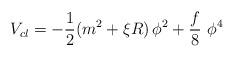
LaTeX: \begin{align*}V_{cl}=-\frac{1}{2}(m^{2}+\xi R)\,\phi ^{2}+\frac{f}{8}\,\,\phi ^{4}\end{align*}